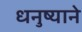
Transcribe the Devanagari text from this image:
धनुष्याने